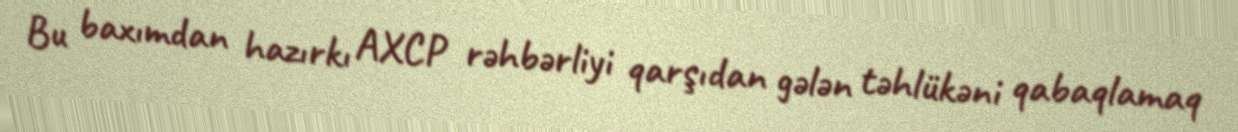
Bu baxımdan hazırkı AXCP rəhbərliyi qarşıdan gələn təhlükəni qabaqlamaq